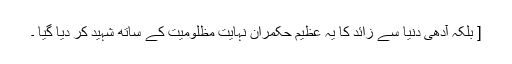
[ بلکہ آدھی دنیا سے زائد کا یہ عظیم حکمران نہایت مظلومیت کے ساتھ شہید کر دیا گیا ۔